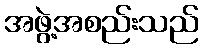
အဖွဲ့အစည်းသည်